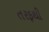
તરફથી